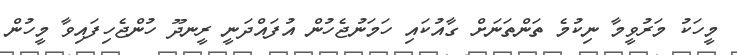
މީހަކު މަރުވީމާ ނިކުމެ ތަންތަނަށް ގާއުކައި ހަމަނުޖެހުން އުފައްދަނީ ރީނދޫ ހުންޖެހިފައިވާ މީހުން